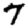
Digit: 7